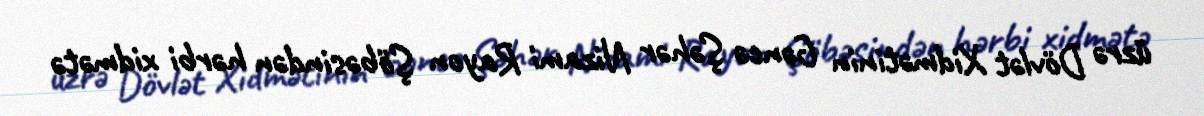
üzrə Dövlət Xidmətinin Gəncə Şəhər Nizami Rayon Şöbəsindən hərbi xidmətə